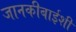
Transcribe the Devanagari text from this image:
जानकीबाईशी